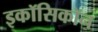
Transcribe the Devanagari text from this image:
इकॉसिकॉन